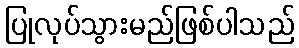
ပြုလုပ်သွားမည်ဖြစ်ပါသည်